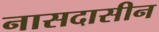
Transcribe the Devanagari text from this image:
नासदासीन